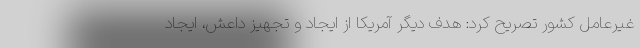
غیرعامل کشور تصریح کرد: هدف دیگر آمریکا از ایجاد و تجهیز داعش، ایجاد